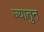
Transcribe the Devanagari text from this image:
ज्यातुन